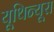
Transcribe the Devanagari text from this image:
यूथिन्यूरा